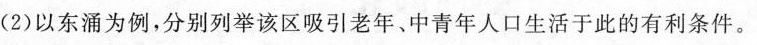
(2)以东涌为例，分别列举该区吸引老年、中青年人口生活于此的有利条件。